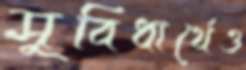
সুবিধার্থেও